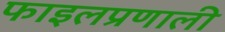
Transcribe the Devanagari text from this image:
फाइलप्रणाली